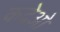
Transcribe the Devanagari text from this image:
कदेओ